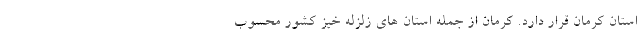
استان کرمان قرار دارد. کرمان از جمله استان های زلزله خیز کشور محسوب